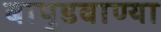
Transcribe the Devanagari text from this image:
बापुडवाण्या